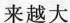
来越大